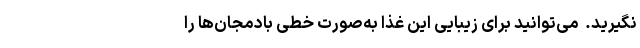
نگیرید. ‌ می‌توانید برای زیبایی این غذا به‌صورت خطی بادمجان‌ها را